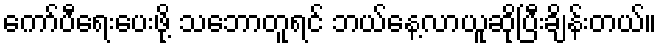
ကော်ပီရေးပေးဖို့ သဘောတူရင် ဘယ်နေ့လာယူဆိုပြီးချိန်းတယ်။